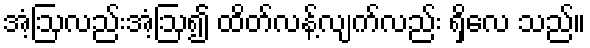
အံ့ဩလည်းအံ့ဩ၍ ထိတ်လန့်လျက်လည်း ရှိလေ သည်။